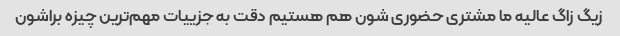
زیگ زاگ عالیه ما مشتری حضوری شون هم هستیم دقت به جزییات مهم‌ترین چیزه براشون